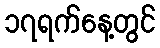
၁၇ရက်နေ့တွင်